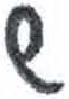
אות: ש